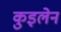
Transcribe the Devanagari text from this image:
कुइलेन